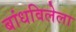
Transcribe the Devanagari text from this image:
बांधविलेला